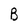
Character: B